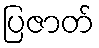
ပြဇာတ်